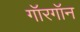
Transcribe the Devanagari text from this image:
गॉरगॉन